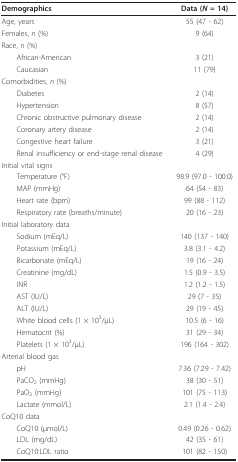
| Demographics | Data (N = 14) |
 | --- | --- |
 | Age, years | 55 (47 - 62) |
 | Females, n (%) | 9 (64) |
 | Race, n (%) |  |
 | African-American | 3 (21) |
 | Caucasian | 11 (79) |
 | Comorbidities, n (%) |  |
 | Diabetes | 2 (14) |
 | Hypertension | 8 (57) |
 | Chronic obstructive pulmonary disease | 2 (14) |
 | Coronary artery disease | 2 (14) |
 | Congestive heart failure | 3 (21) |
 | Renal insufficiency or end-stage renal disease | 4 (29) |
 | Initial vital signs |  |
 | Temperature (°F) | 98.9 (97.0 - 100.0) |
 | MAP (mmHg) | 64 (54 - 83) |
 | Heart rate (bpm) | 99 (88 - 112) |
 | Respiratory rate (breaths/minute) | 20 (16 - 23) |
 | Initial laboratory data |  |
 | Sodium (mEq/L) | 140 (137 - 140) |
 | Potassium (mEq/L) | 3.8 (3.1 - 4.2) |
 | Bicarbonate (mEq/L) | 19 (16 - 24) |
 | Creatinine (mg/dL) | 1.5 (0.9 - 3.5) |
 | INR | 1.2 (1.2 - 1.5) |
 | AST (IU/L) | 29 (7 - 35) |
 | ALT (IU/L) | 29 (19 - 45) |
 | White blood cells (1 × 103/μL) | 10.5 (6 - 16) |
 | Hematocrit (%) | 31 (29 - 34) |
 | Platelets (1 × 103/μL) | 196 (164 - 302) |
 | Arterial blood gas |  |
 | pH | 7.36 (7.29 - 7.42) |
 | PaCO2 (mmHg) | 38 (30 - 51) |
 | PaO2 (mmHg) | 101 (75 - 113) |
 | Lactate (mmol/L) | 2.1 (1.4 - 2.4) |
 | CoQ10 data |  |
 | CoQ10 (μmol/L) | 0.49 (0.26 - 0.62) |
 | LDL (mg/dL) | 42 (35 - 61) |
 | CoQ10:LDL ratio | 101 (82 - 150) |